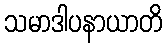
သမာဒါပနာယာတိ